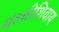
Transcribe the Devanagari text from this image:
संततीशिवाय